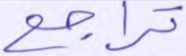
تراجع